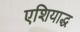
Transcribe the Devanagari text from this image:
एशियाद्ध